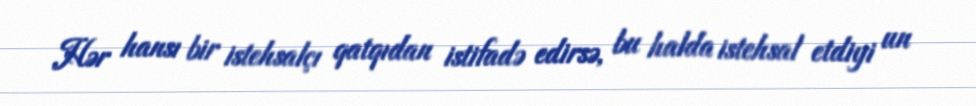
Hər hansı bir istehsalçı qatqıdan istifadə edirsə, bu halda istehsal etdiyi un